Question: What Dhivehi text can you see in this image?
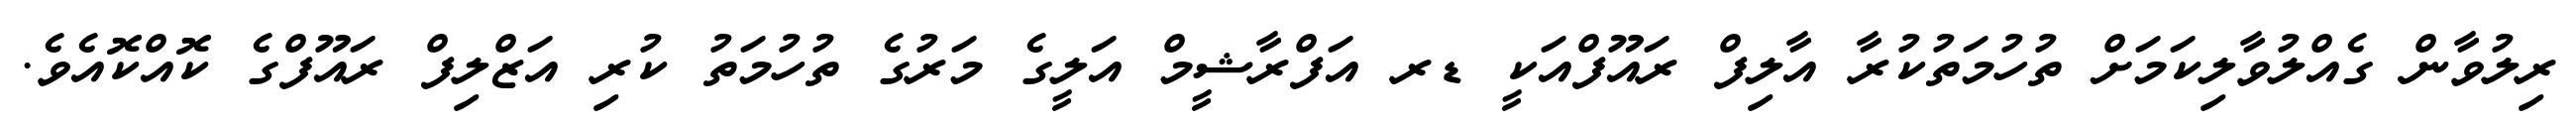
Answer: ރިލުވާން ގެއްލުވާލިކަމަށް ތުހުމަތުކުރާ އާލިފް ރައޫފްއަކީ ޑރ އަފްރާޝީމް އަލީގެ މަރުގެ ތުހުމަތު ކުރި އަޒްލިފް ރައޫފްގެ ކޮއްކޮއެވެ.